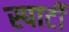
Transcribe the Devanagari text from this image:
स्पार्टी